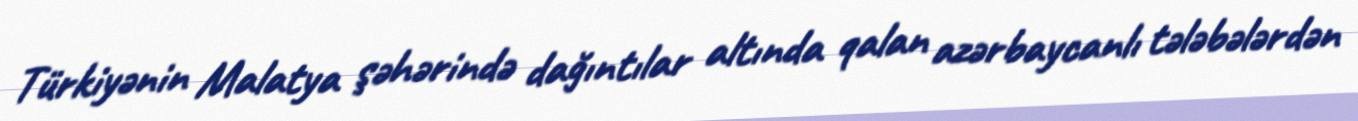
Türkiyənin Malatya şəhərində dağıntılar altında qalan azərbaycanlı tələbələrdən